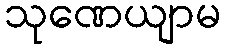
သုဏေယျာမ